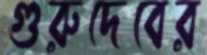
গুরুদেবের